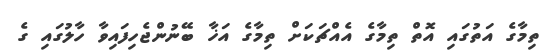
ތިމާގެ އަތުގައި އޮތް ތިމާގެ އެއްޗަކަށް ތިމާގެ އަޚާ ބޭނުންޖެހިފައިވާ ހާލުގައި ގެ